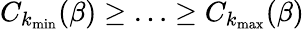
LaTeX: C_{k_{\operatorname*{min}}}(\beta)\geq\ldots\geq C_{k_{\operatorname*{max}}}(\beta)